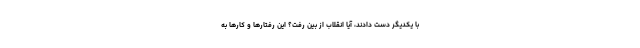
با یکدیگر دست دادند، آیا انقلاب از بین رفت؟ این رفتارها و کارها به